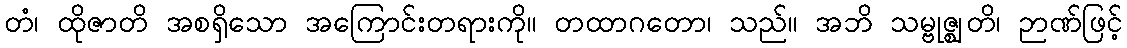
တံ၊ ထိုဇာတိ အစရှိသော အကြောင်းတရားကို။ တထာဂတော၊ သည်။ အဘိ သမ္ဗုဇ္ဈတိ၊ ဉာဏ်ဖြင့်